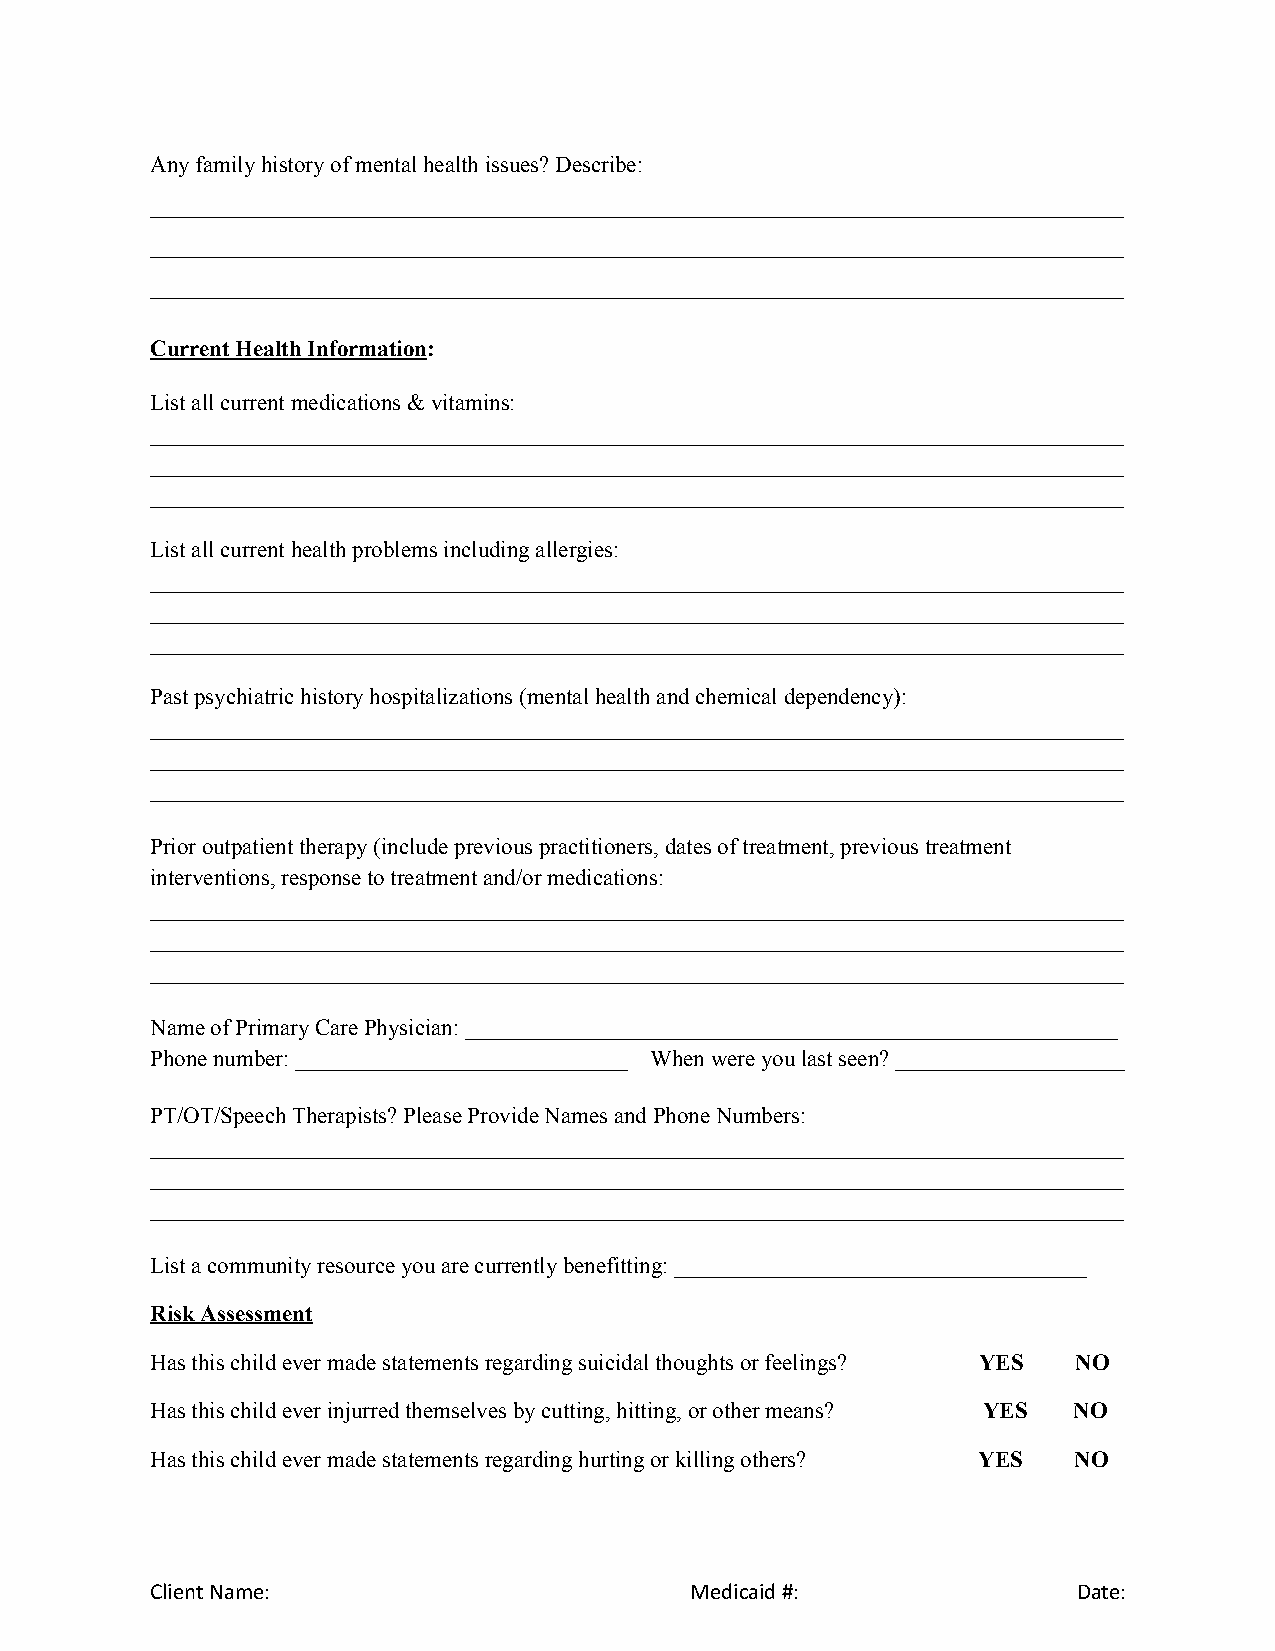
Any family history of mental health issues? Describe:
 _____________________________________________________________________________________
 _____________________________________________________________________________________
 _____________________________________________________________________________________
 Current Health Information:
 L ist all current medications & vitamins:
 _____________________________________________________________________________________
 _____________________________________________________________________________________
 _____________________________________________________________________________________
 List all current health problems including allergies:
 _____________________________________________________________________________________
 _____________________________________________________________________________________
 _____________________________________________________________________________________
 Past psychiatric history hospitalizations (mental health and chemical dependency):
 _____________________________________________________________________________________
 _____________________________________________________________________________________
 _____________________________________________________________________________________
 Prior outpatient therapy (include previous practitioners, dates of treatment, previous treatment
 interventions, response to treatment and/or medications:
 _____________________________________________________________________________________
 _____________________________________________________________________________________
 _____________________________________________________________________________________
 Name of Primary Care Physician: _________________________________________________________
 Phone number: _____________________________ When were you last seen? ____________________
 PT/OT/Speech Therapists? Please Provide Names and Phone Numbers:
 _____________________________________________________________________________________
 _____________________________________________________________________________________
 _____________________________________________________________________________________
 List a community resource you are currently benefitting : ____________________________________
 Risk Assessment
 Has this child ever made statements regarding suicidal thoughts or feelings? YES NO
 Has this child ever injurred themselves by cutting, hitting, or other means? Y ES NO
 Has this child ever made statements regarding hurting or killing others? Y ES NO
 Client Name:                        Medicaid #:              Date: